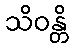
သိဝန္တိ